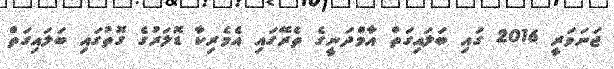
ޖަނަވަރީ 2016 ގައި ބަލައިގަތް އާމްދަނީގެ ތެރޭގައި އެމެރިކާ ޑޮލަރުގެ ގޮތުގައި ބަލައިގަތް